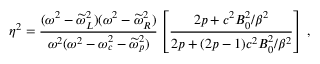
\eta ^ { 2 } = \frac { ( \omega ^ { 2 } - \widetilde { \omega } _ { L } ^ { 2 } ) ( \omega ^ { 2 } - \widetilde { \omega } _ { R } ^ { 2 } ) } { \omega ^ { 2 } ( \omega ^ { 2 } - \omega _ { c } ^ { 2 } - \widetilde { \omega } _ { p } ^ { 2 } ) } \left[ \frac { 2 p + c ^ { 2 } B _ { 0 } ^ { 2 } / \beta ^ { 2 } } { 2 p + ( 2 p - 1 ) c ^ { 2 } B _ { 0 } ^ { 2 } / \beta ^ { 2 } } \right] \, ,